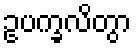
ဥပက္ခလိတွာ